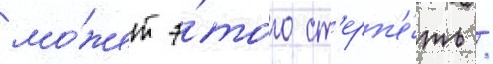
мо́жет э́того ст'ерп'е́ть /